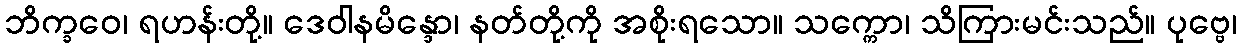
ဘိက္ခဝေ၊ ရဟန်းတို့။ ဒေဝါနမိန္ဒော၊ နတ်တို့ကို အစိုးရသော။ သက္ကော၊ သိကြားမင်းသည်။ ပုဗ္ဗေ၊